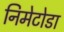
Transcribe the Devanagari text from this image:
निमेटोडा